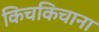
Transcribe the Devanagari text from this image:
किचकिचाना